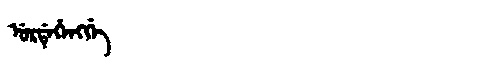
Manchu: ᡠᡵᡩᡝᡥᡝᠩᡤᡝ
Romanization: URDEHENGGE